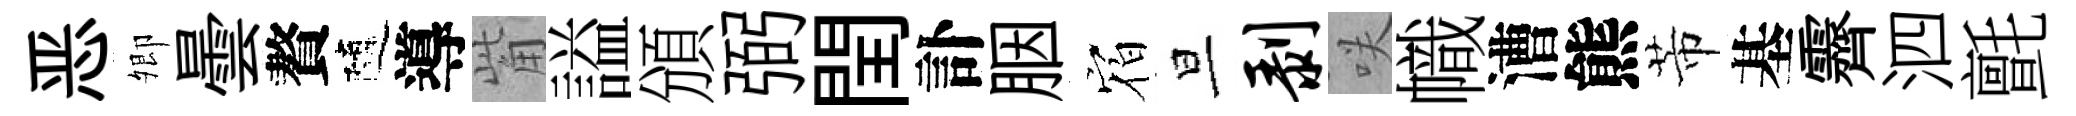
恶𡖖曇贅隨導觜謚頒弼閏訃胭𪧐旦剥咲幟漕熊芾基霽泗氈